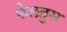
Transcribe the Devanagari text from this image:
फेलतुस